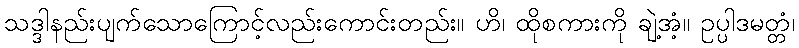
သဒ္ဒါနည်းပျက်သောကြောင့်လည်းကောင်းတည်း။ ဟိ၊ ထိုစကားကို ချဲ့အံ့။ ဥပ္ပါဒမတ္တံ၊